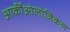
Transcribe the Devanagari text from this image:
आर्कीओलोजिकल